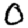
Digit: 0